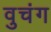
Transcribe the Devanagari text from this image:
वुचंग